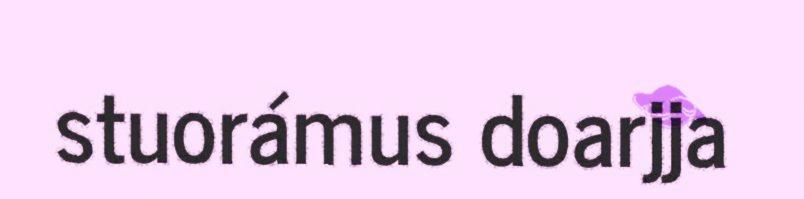
stuorámus doarjja